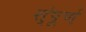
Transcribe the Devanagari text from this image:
स्ंपूर्ण